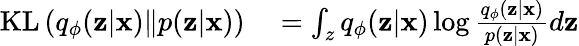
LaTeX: \begin{array}{rl}{\mathrm{KL}\left(q_{\phi}(\mathbf{z}|\mathbf{x})\| p(\mathbf{z}|\mathbf{x})\right)}&{{}=\int_{z}q_{\phi}(\mathbf{z}|\mathbf{x})\log\frac{q_{\phi}(\mathbf{z}|\mathbf{x})}{p(\mathbf{z}|\mathbf{x})}d\mathbf{z}}\end{array}